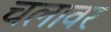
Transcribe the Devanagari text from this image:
चलावर